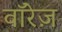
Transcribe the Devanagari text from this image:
वॉरेज़